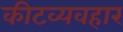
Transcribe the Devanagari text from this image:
कीटव्यवहार